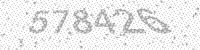
Solution: 578426